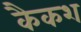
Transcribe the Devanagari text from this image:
कैकश